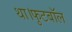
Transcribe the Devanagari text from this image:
था।फुटबॉल